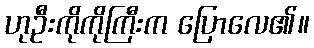
ဟုဦးကိုကိုကြီးက ပြောလေ၏။